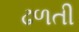
ઢળતી